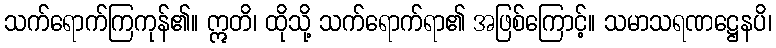
သက်ရောက်ကြကုန်၏။ ဣတိ၊ ထိုသို့ သက်ရောက်ရာ၏ အဖြစ်ကြောင့်။ သမာသရဏဋ္ဌေနပိ၊